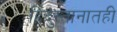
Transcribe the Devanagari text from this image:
हिंदुस्तानातही